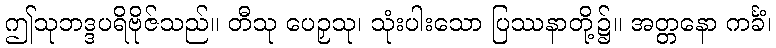
ဤသုဘဒ္ဒပရိဗိုဇ်သည်။ တီသု ပေဉှသု၊ သုံးပါးသော ပြဿနာတို့၌။ အတ္တနော ကင်္ခံ၊